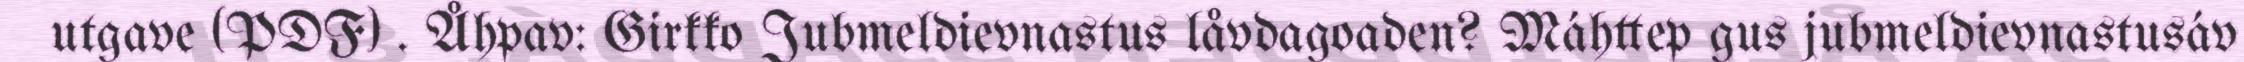
utgave (PDF) . Åhpav: Girkko Jubmeldievnastus låvdagoaden? Máhttep gus jubmeldievnastusáv